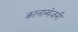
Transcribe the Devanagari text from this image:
कानाखेजरी